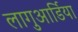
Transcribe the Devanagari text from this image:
लागुआर्डिया